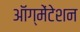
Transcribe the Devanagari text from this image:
ऑग्मेंटेशन